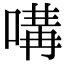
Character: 㗕